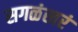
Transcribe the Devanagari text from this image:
सगळंखरं